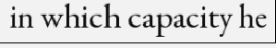
in which capacity he